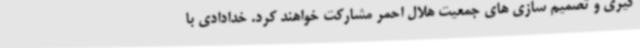
گیری و تصمیم سازی های جمعیت هلال احمر مشارکت خواهند کرد. خدادادی با